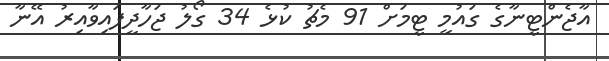
އާޖެންޓީނާގެ ގައުމީ ޓީމަށް 91 މެޗު ކުޅެ 34 ގޯލު ޖަހާދީފައިވާއިރު އޭނާ